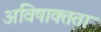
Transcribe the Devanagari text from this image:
अविषाक्तता